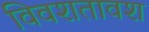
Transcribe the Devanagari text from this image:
विवशतावश